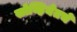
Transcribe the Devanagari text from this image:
सोव्हियेतचे